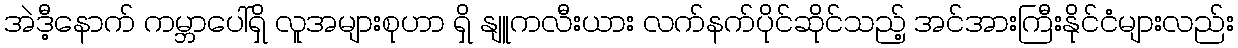
အဲဒီ့နောက် ကမ္ဘာပေါ်ရှိ လူအများစုဟာ ရှိ နျူကလီးယား လက်နက်ပိုင်ဆိုင်သည့် အင်အားကြီးနိုင်ငံများလည်း